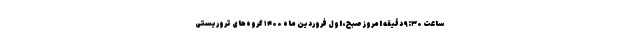
ساعت ۹:۳۰ دقیقه امروز صبح، اول فروردین ماه ۱۴۰۰ گروه‌های تروریستی